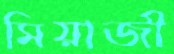
মিয়াজী